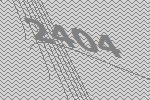
2404